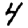
Digit: 4